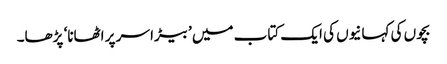
بچوں کی کہانیوں کی ایک کتاب میں ’بیڑا سر پر اٹھانا‘ پڑھا۔